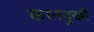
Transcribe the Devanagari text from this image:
कानदुखी